Calcutta medical institutions reports 1871-78
Year: 1871
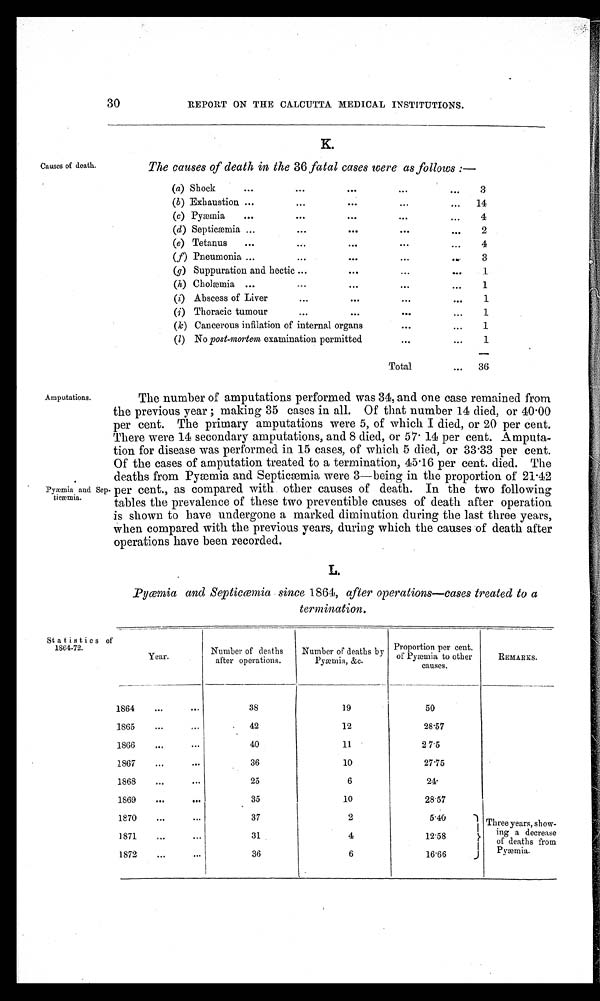
30
REPORT ON THE CALCUTTA MEDICAL INSTITUTIONS.
K.
Causes of death.
The causes of death in the 36 fatal cases were as follows :—
(a) Shock
3
(b ) Exhaustion
14
(c) Pyæmia
4
(d) Septicæmia
2
(e) Tetanus
4
(f) Pneumonia
3
(g) Suppuration and hectic
1
(h) Cholæmia
1
(i) Abscess of Liver
1
(j) Thoracic tumour
1
(k) Cancerous inflation of internal organs
1
(l) No post-mortem examination permitted
1
Total
36
Amputations.
Pyaemia and Sep
ticaemia.
The number of amputations performed was 34, and one case remained from
the previous year ; making 35 cases in all. Of that number 14 died, or 40.00
per cent. The primary amputations were 5, of which I died, or 20 per cent.
There were 14 secondary amputations, and 8 died, or 57.14 per cent. Amputa-
tion for disease was performed in 15 cases, of which 5 died, or 33 .33 per cent.
Of the cases of amputation treated to a termination, 45.16 per cent. died. The
deaths from Pyæmia and Septicæmia were 3—being in the proportion of 21.42
per cent., as compared with other causes of death. In the two following
tables the prevalence of these two preventible causes of death after operation
is shown to have undergone a marked diminution during the last three years,
when compared with the previous years, during which the causes of death after
operations have been recorded.
Pyæmia and Septicæmia since 1864, after operations—cases treated to a
termination.
Statistics o1
1864-72.
Proportion
cent.
Number of deaths
Number of deaths by
Year.
of Pyæmin
p e r t o
o t h e r
R E M A R K S .
after operations.
Pyæmia, &c.
causes.
1864
...
...
38
19
50
1865
...
...
. 42
12
28'57
1866
...
...
40
11
2 7.5
1867
...
...
36
10
27.75
..0
6
2 4 .
1868
...
...
25
1869
...
...
35
10
28'57
1870
...
...
37
2
5.40
-1 Three years, show-
1871
...
...
31
4
12.58
r
ing a decrease
of deaths from
j
au
1872
...
...
36
6
16'66
Py mia.